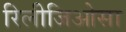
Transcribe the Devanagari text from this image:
रिलीजिओसा